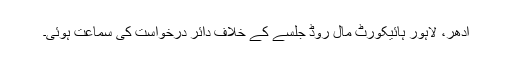
ادھر، لاہور ہائیکورٹ مال روڈ جلسے کے خلاف دائر درخواست کی سماعت ہوئی۔